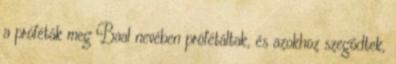
a próféták meg Baal nevében prófétáltak, és azokhoz szegődtek,